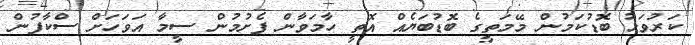
ކަރުވަޅު ބޮޑުކަމުން މޭމަތީގެ ބޮޑުބަޔެއް އޮތީ ހާމަވާން ފެށުމުން ސީމާ އަވަހަށް ސްކާފުން